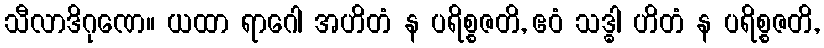
သီလာဒိဂုဏေ။ ယထာ ရာဂေါ အဟိတံ န ပရိစ္စဇတိ, ဧဝံ သဒ္ဓါ ဟိတံ န ပရိစ္စဇတိ,